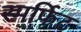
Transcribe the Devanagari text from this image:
स्मर्फिट